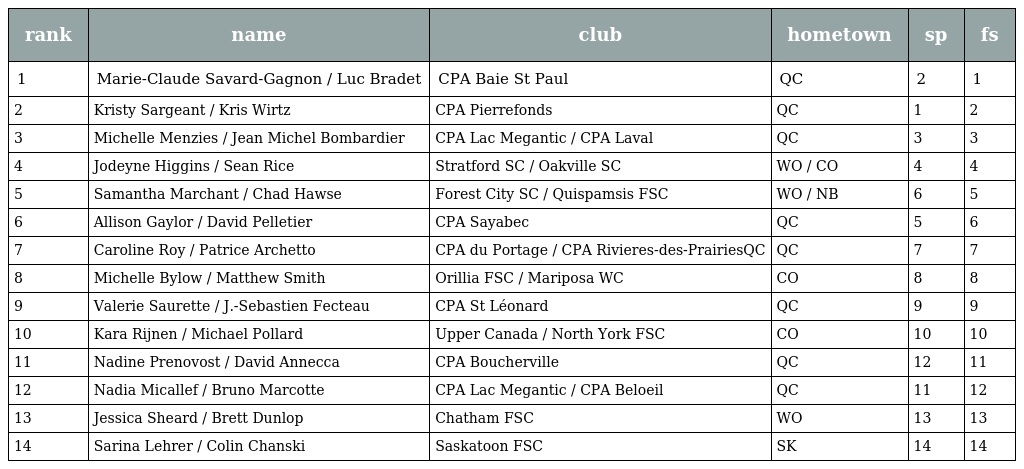
| rank | name | club | hometown | sp | fs |
 | --- | --- | --- | --- | --- | --- |
 | 1 | Marie-Claude Savard-Gagnon / Luc Bradet | CPA Baie St Paul | QC | 2 | 1 |
 | 2 | Kristy Sargeant / Kris Wirtz | CPA Pierrefonds | QC | 1 | 2 |
 | 3 | Michelle Menzies / Jean Michel Bombardier | CPA Lac Megantic / CPA Laval | QC | 3 | 3 |
 | 4 | Jodeyne Higgins / Sean Rice | Stratford SC / Oakville SC | WO / CO | 4 | 4 |
 | 5 | Samantha Marchant / Chad Hawse | Forest City SC / Quispamsis FSC | WO / NB | 6 | 5 |
 | 6 | Allison Gaylor / David Pelletier | CPA Sayabec | QC | 5 | 6 |
 | 7 | Caroline Roy / Patrice Archetto | CPA du Portage / CPA Rivieres-des-PrairiesQC | QC | 7 | 7 |
 | 8 | Michelle Bylow / Matthew Smith | Orillia FSC / Mariposa WC | CO | 8 | 8 |
 | 9 | Valerie Saurette / J.-Sebastien Fecteau | CPA St Léonard | QC | 9 | 9 |
 | 10 | Kara Rijnen / Michael Pollard | Upper Canada / North York FSC | CO | 10 | 10 |
 | 11 | Nadine Prenovost / David Annecca | CPA Boucherville | QC | 12 | 11 |
 | 12 | Nadia Micallef / Bruno Marcotte | CPA Lac Megantic / CPA Beloeil | QC | 11 | 12 |
 | 13 | Jessica Sheard / Brett Dunlop | Chatham FSC | WO | 13 | 13 |
 | 14 | Sarina Lehrer / Colin Chanski | Saskatoon FSC | SK | 14 | 14 |